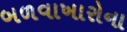
બળવાખારોના